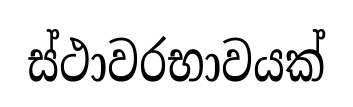
ස්ථාවරභාවයක්